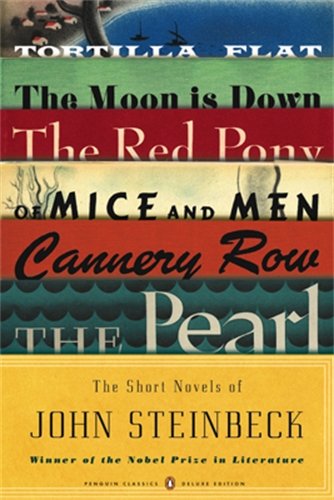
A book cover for The Short Novels of John Steinbeck: (Penguin Classics Deluxe Edition); John Steinbeck; Literature & Fiction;